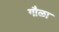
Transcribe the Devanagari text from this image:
गौळा